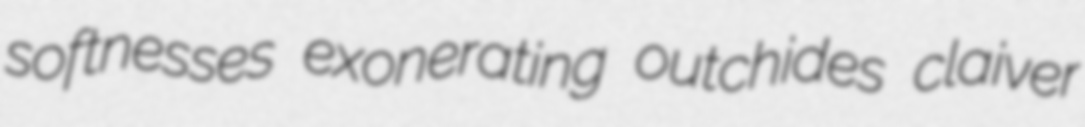
softnesses exonerating outchides claiver